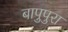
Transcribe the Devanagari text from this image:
बापुपुरा